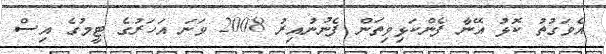
އެވަގުތު ކޮޅު އޭނާ ފެންކަޅިވިތަން ފެނުނުއިރު 2008 ވަނަ އަހަރުގެ ޓީމުގެ އިސް